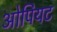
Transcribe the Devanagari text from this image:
ओपियट